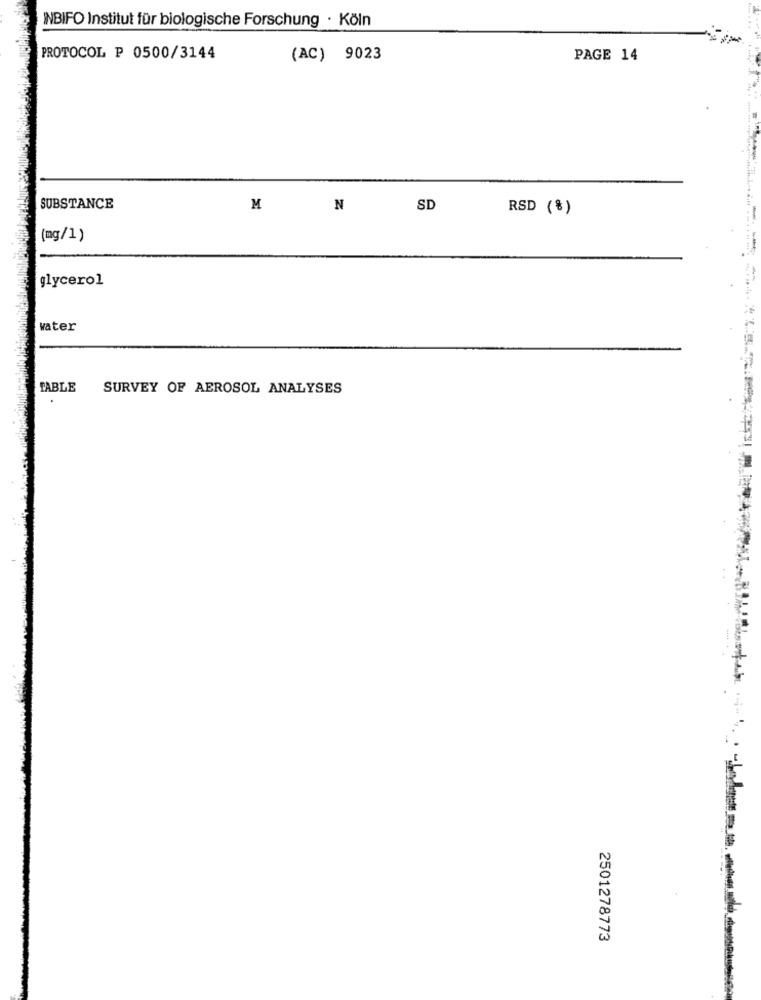
INBIFO Institut für biologische Forschung · Köln
PROTOCOL P 0500/3144
(AC) 9023
PAGE 14
SUBSTANCE
M
N
SD
RSD (%)
(mg/1)
glycerol
water
TABLE
SURVEY OF AEROSOL ANALYSES
2501278773